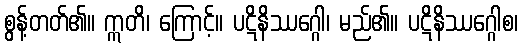
စွန့်တတ်၏။ ဣတိ၊ ကြောင့်။ ပဋိနိဿဂ္ဂေါ၊ မည်၏။ ပဋိနိဿဂ္ဂေါစ၊